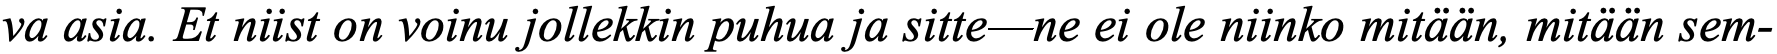
va asia. Et niist on voinu jollekkin puhua ja sitte—ne ei ole niinko mitään, mitään sem-